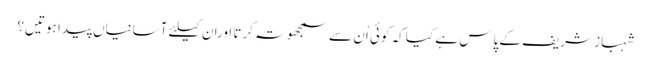
شہباز شریف کے پاس ہے کیا کہ کوئی اُن سے سمجھوتہ کرتا اوران کیلئے آسانیاں پیدا ہوتیں؟